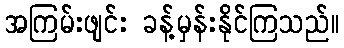
အကြမ်းဖျင်း ခန့်မှန်းနိုင်ကြသည်။